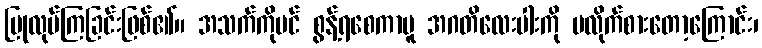
ပြုလုပ်ကြခြင်းဖြစ်၏။ အသက်ကိုပင် စွန့်ရစေကာမူ အဂတိလေးပါးကို မလိုက်စားတော့ကြောင်း၊